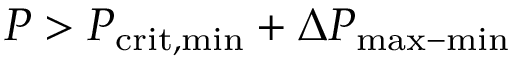
P > P _ { \mathrm { c r i t , m i n } } + \Delta P _ { \mathrm { m a x - m i n } }